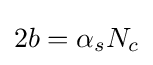
2b=\alpha _{s}N_{c}